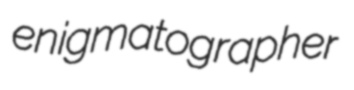
enigmatographer